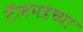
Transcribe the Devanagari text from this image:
टॅलमडच्या